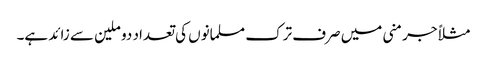
مثلاً جرمنی میں صرف ترک مسلمانوں کی تعداد دو ملین سے زائد ہے۔